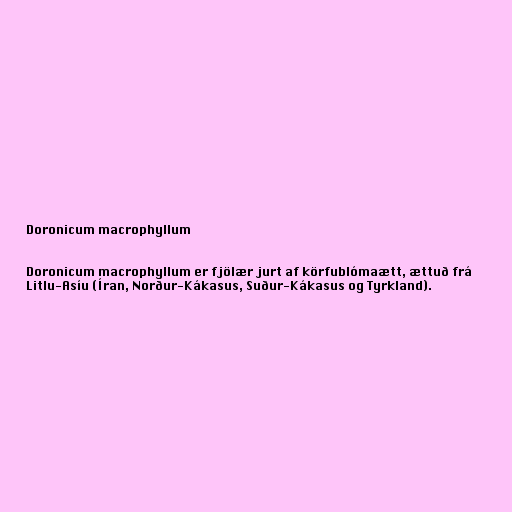
Doronicum macrophyllum

Doronicum macrophyllum er fjölær jurt af körfublómaætt, ættuð frá
Litlu-Asíu (Íran, Norður-Kákasus, Suður-Kákasus og Tyrkland).